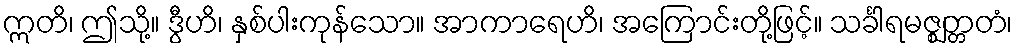
ဣတိ၊ ဤသို့။ ဒွီဟိ၊ နှစ်ပါးကုန်သော။ အာကာရေဟိ၊ အကြောင်းတို့ဖြင့်။ သင်္ခါရမဇ္ဈတ္တတံ၊